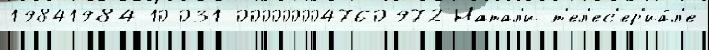
19841984-10-031 000000004760972 Натал'и т'ел'ес'ер'иа́л'е